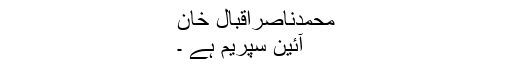
محمدناصراقبال خان
آئین سپریم ہے ۔